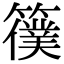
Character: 𥵜